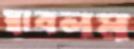
স্বাবলম